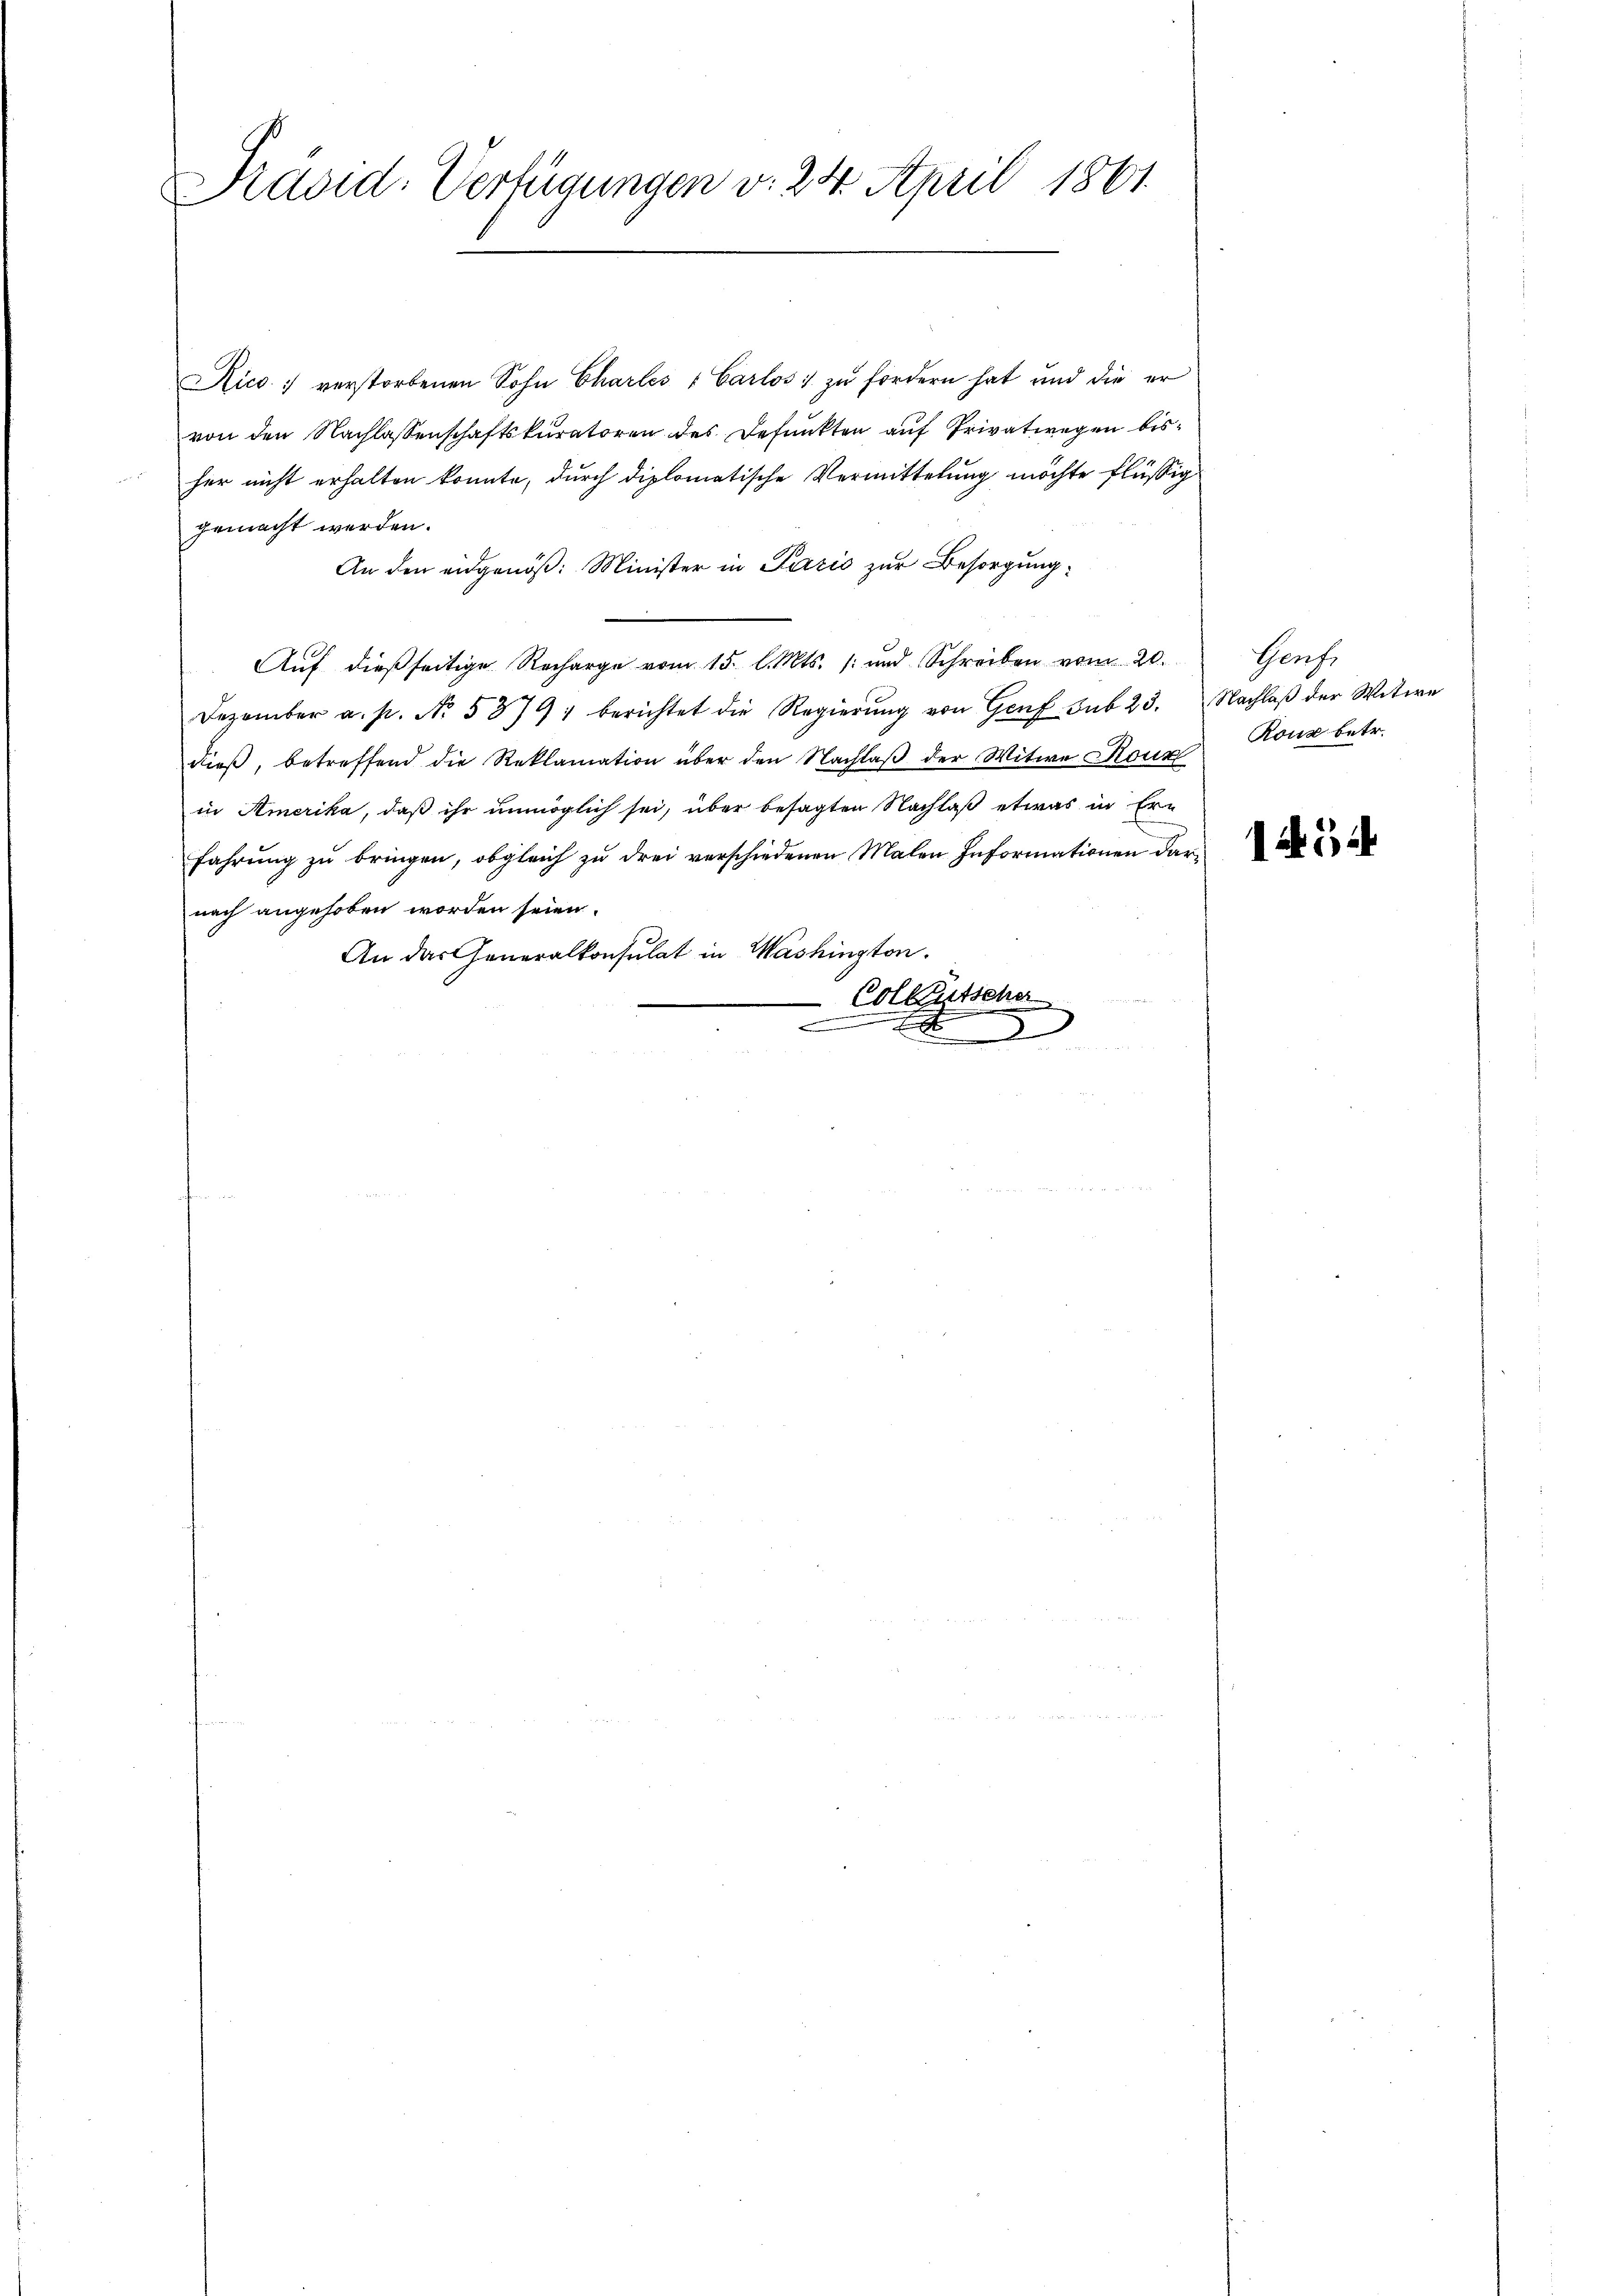
Ravid: Verfügungen v. 24. April 1861.

Aico verstorbenen Sohn Charles " Carlos zŭ fordern hat und die er
von den Nachlassenschaftskuratoren des Defunkten auf Privatwegen bisher nicht erhalten konnte, durch diplomatische Vermittelung möchte flüssig
gemacht werden.
An den eidgenöß: Minister in Pazić zur Besorgung
Auf dießseitige Recharge vom 15. l. Mts. (und Schreiben vom 20.
Dezember a. p. No. 5379, berichtet die Regierŭng von Genf sub 23. Nachlaβ der Witwe
dieβ, betreffend die Reklamation über den Nachlaβ der Witwe Roux Kouz betr.
in Amerika, daß ihr unmöglich sei, über besagten Nachlaß etwas in Ern
fahrung zu bringen, obgleich zu drei verschiedenen Malen Informationen darnach angehoben worden seien.
An das Generalkonsulat in Washington.
Colleutscher
.
8

Genf,

15